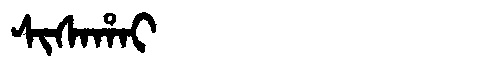
Manchu: ᠰᡳᠰᠠᡥᠠᡳ
Romanization: SISAHAI